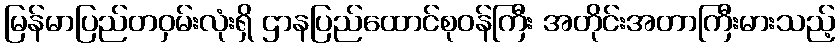
မြန်မာပြည်တဝှမ်းလုံးရှိ ဌာနပြည်ထောင်စုဝန်ကြီး အတိုင်းအတာကြီးမားသည့်